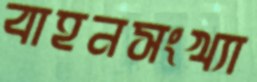
বাহনসংখ্যা